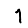
Digit: 1